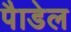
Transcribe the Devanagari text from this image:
पैाडेल